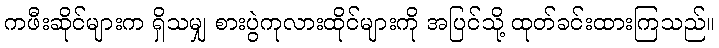
ကဖီးဆိုင်များက ရှိသမျှ စားပွဲကုလားထိုင်များကို အပြင်သို့ ထုတ်ခင်းထားကြသည်။